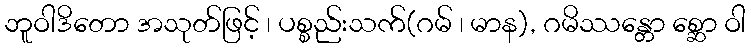
ဘူဝါဒိတော အသုတ်ဖြင့် ၊ ပစ္စည်းသက်(ဂမ် ၊ မာန), ဂမိဿန္တော စ္ဆော ဝါ